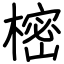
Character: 樒